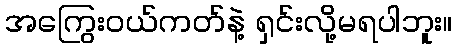
အကြွေးဝယ်ကတ်နဲ့ ရှင်းလို့မရပါဘူး။